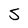
Character: S